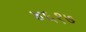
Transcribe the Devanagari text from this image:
४६१७